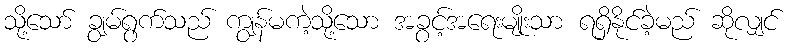
သို့သော် ချွမ်ရွက်သည် ကျွန်မကဲ့သို့သော အခွင့်အရေးမျိုးသာ ရရှိနိုင်ခဲ့မည် ဆိုလျှင်